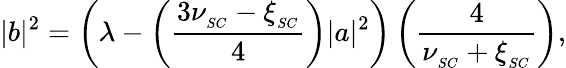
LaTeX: |b|^{2}=\left(\lambda-\left(\frac{3\nu_{_{SC}}-\xi_{_{SC}}}{4}\right)|a|^{2}\right)\left(\frac{4}{\nu_{_{SC}}+\xi_{_{SC}}}\right),